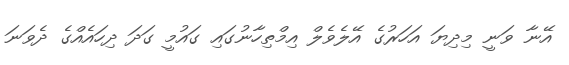
އޭނާ ވަނީ މިދިޔަ އަހަރުގެ އޭލެވެލް އިމްތިހާނުގައި ގައުމީ ގަދަ ދިހައެއްގެ ދެވަނަ